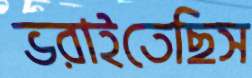
ভরাইতেছিস